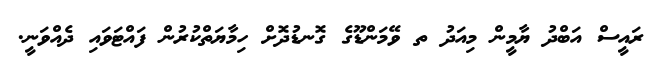
ރައީސް އަބްދު ޔާމީން މިއަދު ތ ވޭމަންޑޫގެ ގޮނޑުދޮށް ހިމާޔަތްކުރުން ފައްޓަވައި ދެއްވަނީ.